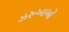
ઝરૂખાઓ